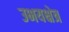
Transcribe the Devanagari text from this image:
उभयक्षेत्र